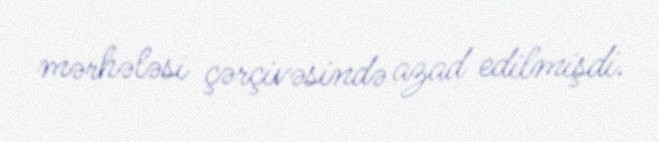
mərhələsi çərçivəsində azad edilmişdi.